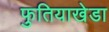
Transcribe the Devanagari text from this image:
फुतियाखेडा